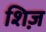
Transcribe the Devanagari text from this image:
शिज़